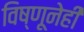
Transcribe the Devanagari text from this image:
विष्णूनेही